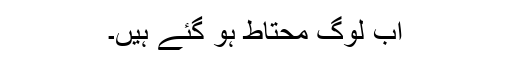
اب لوگ محتاط ہو گئے ہیں۔